system: You are a helpful assistant.
user:
Analyze the provided spectrum to determine if it is a **M-type Giant (gM)**.

A M-type Giant spectrum is defined by its **strong molecular absorption** features, particularly from **Titanium Oxide (TiO)**. You must check for one of the following mutually exclusive signatures:

- **Key Visual Indicators (Absorption-Dominated Spectrum):**

    - **(Primary):** The spectrum is dominated by strong molecular absorption from **Titanium Oxide (TiO)**. This is the **defining feature** of its M-type temperature class.
        - **(Key Bandheads):** Look for sharp, "saw-tooth" absorption valleys. The strongest are located near **~7050 Å**, **~6160 Å**, and **~5170 Å**.
        - **(Line Profile):** The "saw-tooth" morphology is critical: a **sharp, steep drop on the BLUE (short-wavelength) side** of the bandhead, followed by a gradual recovery (rising flux) towards the RED (long-wavelength) side.

    - **(Key Confirmation - Giant vs. Dwarf):** **ABSENCE** of strong **Calcium Hydride (CaH)** molecular bands. This is the primary diagnostic for *excluding* M-dwarfs.
        - **(Key Region):** The spectrum should lack the strong, broad absorption band seen in dwarfs between **~6800 Å and ~7000 Å**.

    - **(Secondary Confirmation - Giant):** A very strong and broad **Neutral Calcium (Ca I)** atomic absorption line.
        - **(Key Line):** Located at **~4226 Å**. In a giant (gM), this line is significantly deeper and broader than the same line in an M-dwarf (dM) due to low surface gravity.

    - **(Overall Spectrum):**
        - The continuum is **extremely red-sloping** (i.e., flux is very low in the blue and rises dramatically towards the red).
        - The entire spectrum appears "chopped up" by the deep TiO bands.

Think first, call **spectral_visualization_tool** if needed to examine features in detail, then provide your final answer. Your response must adhere to the following strict rules:
1.  **Overall Structure:** Your response must follow the format `<think>...</think> <tool_call>...</tool_call> (if a tool is used) <answer>...</answer>`.
2.  **Tool Usage Constraint:** You may only make **one** tool call per turn.
3.  **Final Answer Format:** In the `<answer>` tag, your conclusion must be inside a `\boxed{}` command (e.g., `\boxed{YES}` or `\boxed{NO}`), followed by your justification.

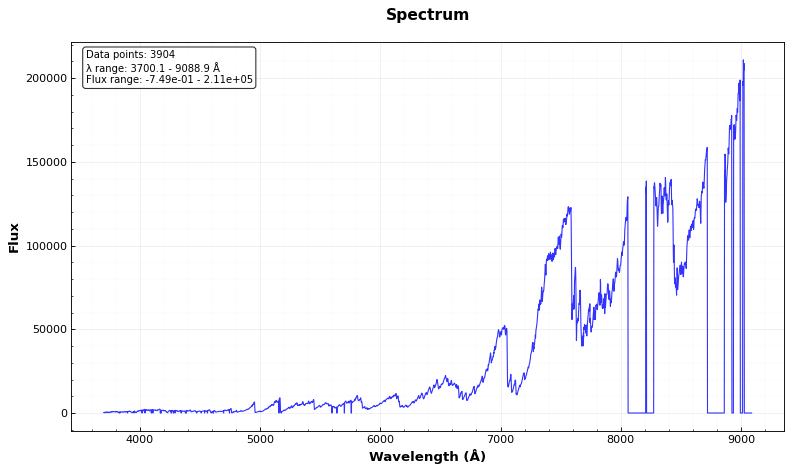
Answer: YES